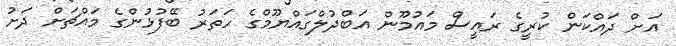
އަށް ދައްކަން ކުރީގެ ރައީސް މައުމޫން އަބްދުލްގައްޔޫމްގެ ހަތަރު ބޭފުޅުންގެ މައްޗަށް ދަށު